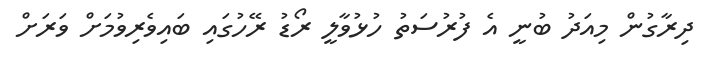
ދިރާގުން މިއަދު ބުނީ އެ ފުރުސަތު ހުޅުވާލީ ރޯޑު ރޭހުގައި ބައިވެރިވުމަށް ވަރަށް